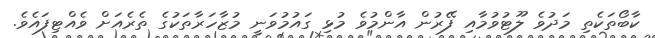
ކާބޯތަކެތި މަދުވެ ލޫޓުވުމާއި ފޭރުން އާންމުވެ މުޅި ގައުމުވަނީ މުޒާހަރާތަކުގެ ތެރެއަށް ވެއްޓިފައެވެ.